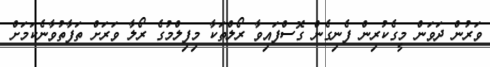
ވަރުން ދަވަން މީގެކުރިން ފެނިގެން ގޮސްފައިވާ ރޯލްތަކާ މިފިލްމުގެ ރޯލާ ވަރަށް ތަފާތުވާނެކަމަށް